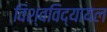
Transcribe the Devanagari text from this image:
विश्‍वविद्यायल